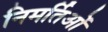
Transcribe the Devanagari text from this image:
निमर्तिओं